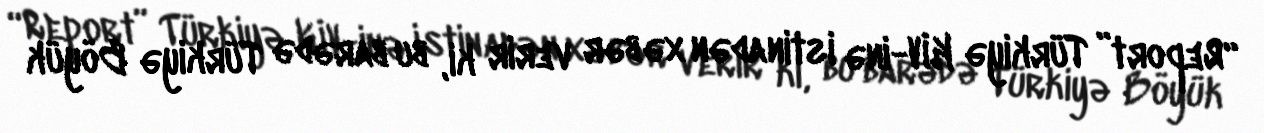
“Report” Türkiyə KİV-inə istinadən xəbər verir ki, bu barədə Türkiyə Böyük